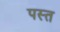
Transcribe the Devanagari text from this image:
पस्‍त